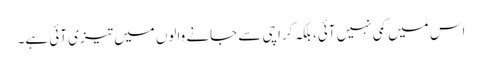
اس میں کمی نہیں آئی، بلکہ کراچی سے جانے والوں میں تیزی آئی ہے۔